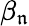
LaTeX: \beta_{\mathfrak{n}}